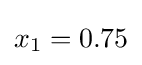
{\textstyle x_{1}=0.75}